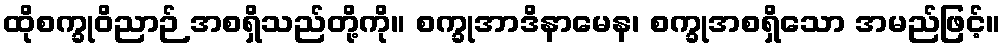
ထိုစက္ခုဝိညာဉ် အစရှိသည်တို့ကို။ စက္ခုအာဒိနာမေန၊ စက္ခုအစရှိသော အမည်ဖြင့်။